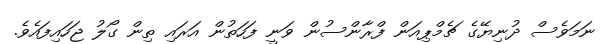
ނަމަވެސް ދުނިޔޭގެ ޗެމްޕިއަން ފްރާންސުން ވަނީ ފަހަތުން އަރައި ތިން ގޯލު ޖަހައިފައެވެ.